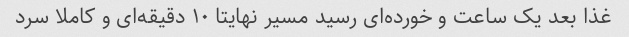
غذا بعد یک ساعت و خورده‌ای رسید مسیر نهایتا ۱۰ دقیقه‌ای و کاملا سرد